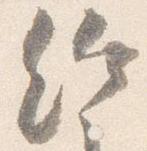
給